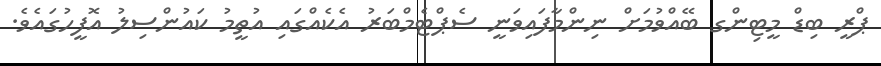
ޕްރީ ބިޑް މީޓިންގ ބޭއްވުމަށް ނިންމާފައިވަނީ ސެޕްޓެމްބަރު އެކެއްގައި އުތީމު ކައުންސިލު އޮފީހުގައެވެ.